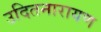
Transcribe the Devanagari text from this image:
उदितनारायण